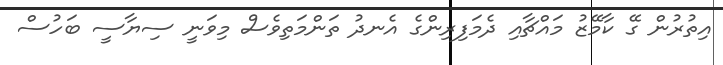
އިތުރުން ގޭ ކާމޭޒު މައްޗާއި ދެމަފިރިންގެ އެނދު ތަންމަތިވެސް މިވަނީ ސިޔާސީ ބަހުސް